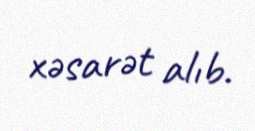
xəsarət alıb.